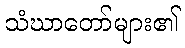
သံဃာတော်များ၏